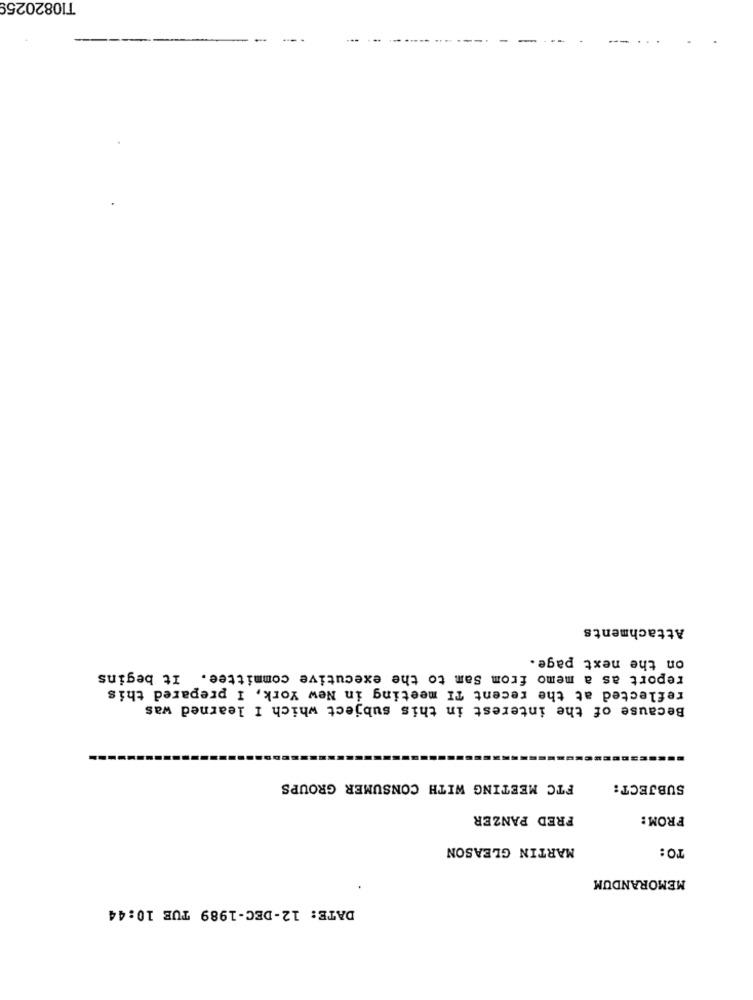
T10820259
Attachments
on the next page.
report as a memo from Sam to the executive committee. It begins
reflected at the recent TI meeting in New York, I prepared this
Because of the interest in this subject which I learned was
FTC MEETING WITH CONSUMER GROUPS
SUBJECT:
FRED PANZER
FROM:
MARTIN GLEASON
TO:
MEMORANDUM
DATE: 12-DEC-1989 TUE 10:44